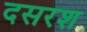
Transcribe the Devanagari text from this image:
दसरश